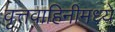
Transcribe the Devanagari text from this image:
वृत्तवाहिनीमध्ये